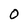
Character: O